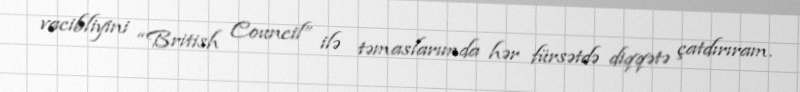
vacibliyini “British Council” ilə təmaslarımda hər fürsətdə diqqətə çatdırıram.